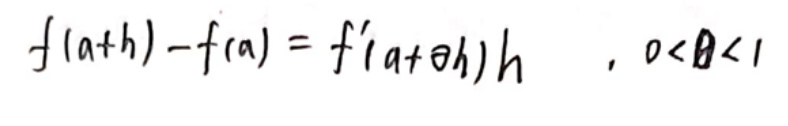
\[ f(a + h) - f(a) = f'(a+\theta h)h\quad,0<\theta<1 \]